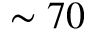
\sim 7 0